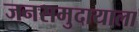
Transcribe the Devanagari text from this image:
जनसमुदायाला